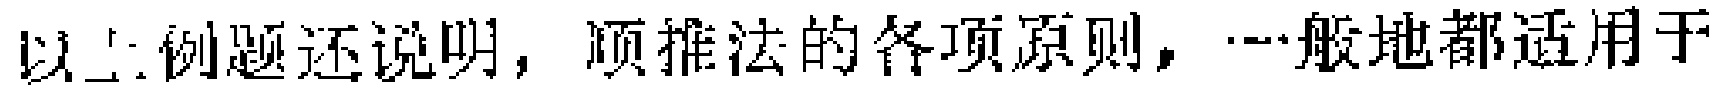
以上例题还说明，顺推法的各项原则，一般地都适用于